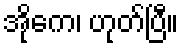
အိုကေ၊ ဟုတ်ပြီ။